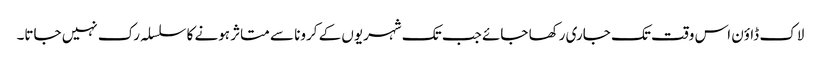
لاک ڈاؤن اس وقت تک جاری رکھا جائے جب تک شہریوں کے کرونا سے متاثر ہونے کا سلسلہ رک نہیں جاتا۔